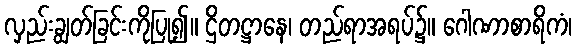
လှည်းချွတ်ခြင်းကိုပြု၍။ ဌိတဋ္ဌာနေ၊ တည်ရာအရပ်၌။ ဂေါဏာစာရိကံ၊